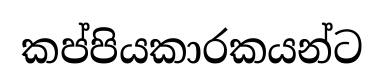
කප්පියකාරකයන්ට